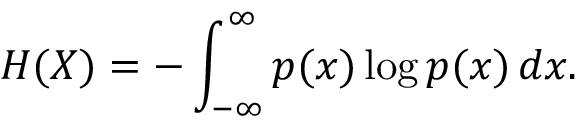
H ( X ) = - \int _ { - \infty } ^ { \infty } p ( x ) \log p ( x ) \, d x .